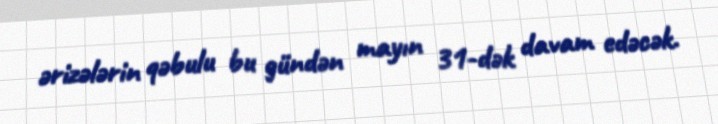
ərizələrin qəbulu bu gündən mayın 31-dək davam edəcək.